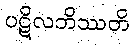
ပဋိလဘိဿတိ